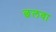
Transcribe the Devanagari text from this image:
छलवा